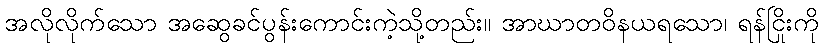
အလိုလိုက်သော အဆွေခင်ပွန်းကောင်းကဲ့သို့တည်း။ အာဃာတဝိနယရသော၊ ရန်ငြိုးကို